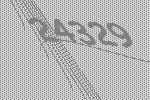
24329